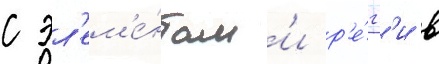
с эл'ем'е́нтам'и р'е́гг'и в